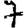
Digit: 7